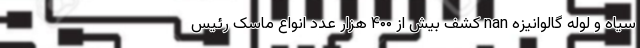
سیاه و لوله گالوانیزه nan کشف بیش از ۴۰۰ هزار عدد انواع ماسک رئیس